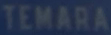
TEMARA